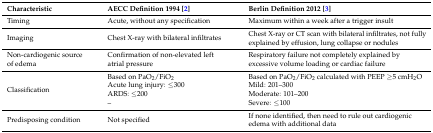
| Characteristic | AECC Definition 1994 [2] | Berlin Definition 2012 [3] |
 | --- | --- | --- |
 | Timing | Acute, without any specification | Maximum within a week after a trigger insult |
 | Imaging | Chest X-ray with bilateral infiltrates | Chest X-ray or CT scan with bilateral infiltrates, not fully explained by effusion, lung collapse or nodules |
 | Non-cardiogenic source of edema | Confirmation of non-elevated left atrial pressure | Respiratory failure not completely explained by excessive volume loading or cardiac failure |
 | <ROWSPAN=4> Classification | Based on PaO2/FiO2 | Based on PaO2/FiO2 calculated with PEEP ≥5 cmH2O |
 | Acute lung injury: ≤300 | Mild: 201–300 |
 | ARDS: ≤200 | Moderate: 101–200 |
 | – | Severe: ≤100 |
 | Predisposing condition | Not specified | If none identified, then need to rule out cardiogenic edema with additional data |